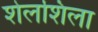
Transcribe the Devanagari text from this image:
शेलशिला